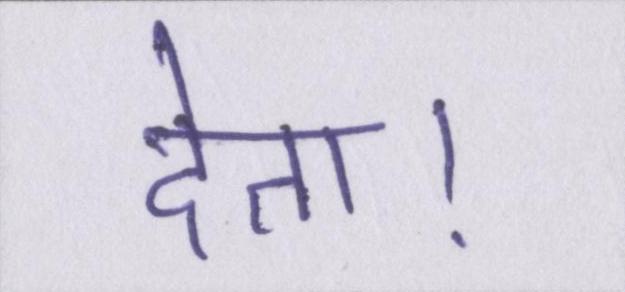
देता।